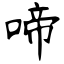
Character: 啼